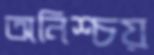
অনিশ্চয়